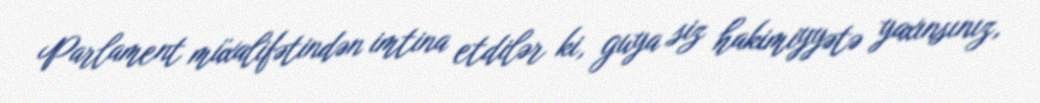
Parlament müxalifətindən imtina etdilər ki, guya siz hakimiyyətə yaxınsınız,